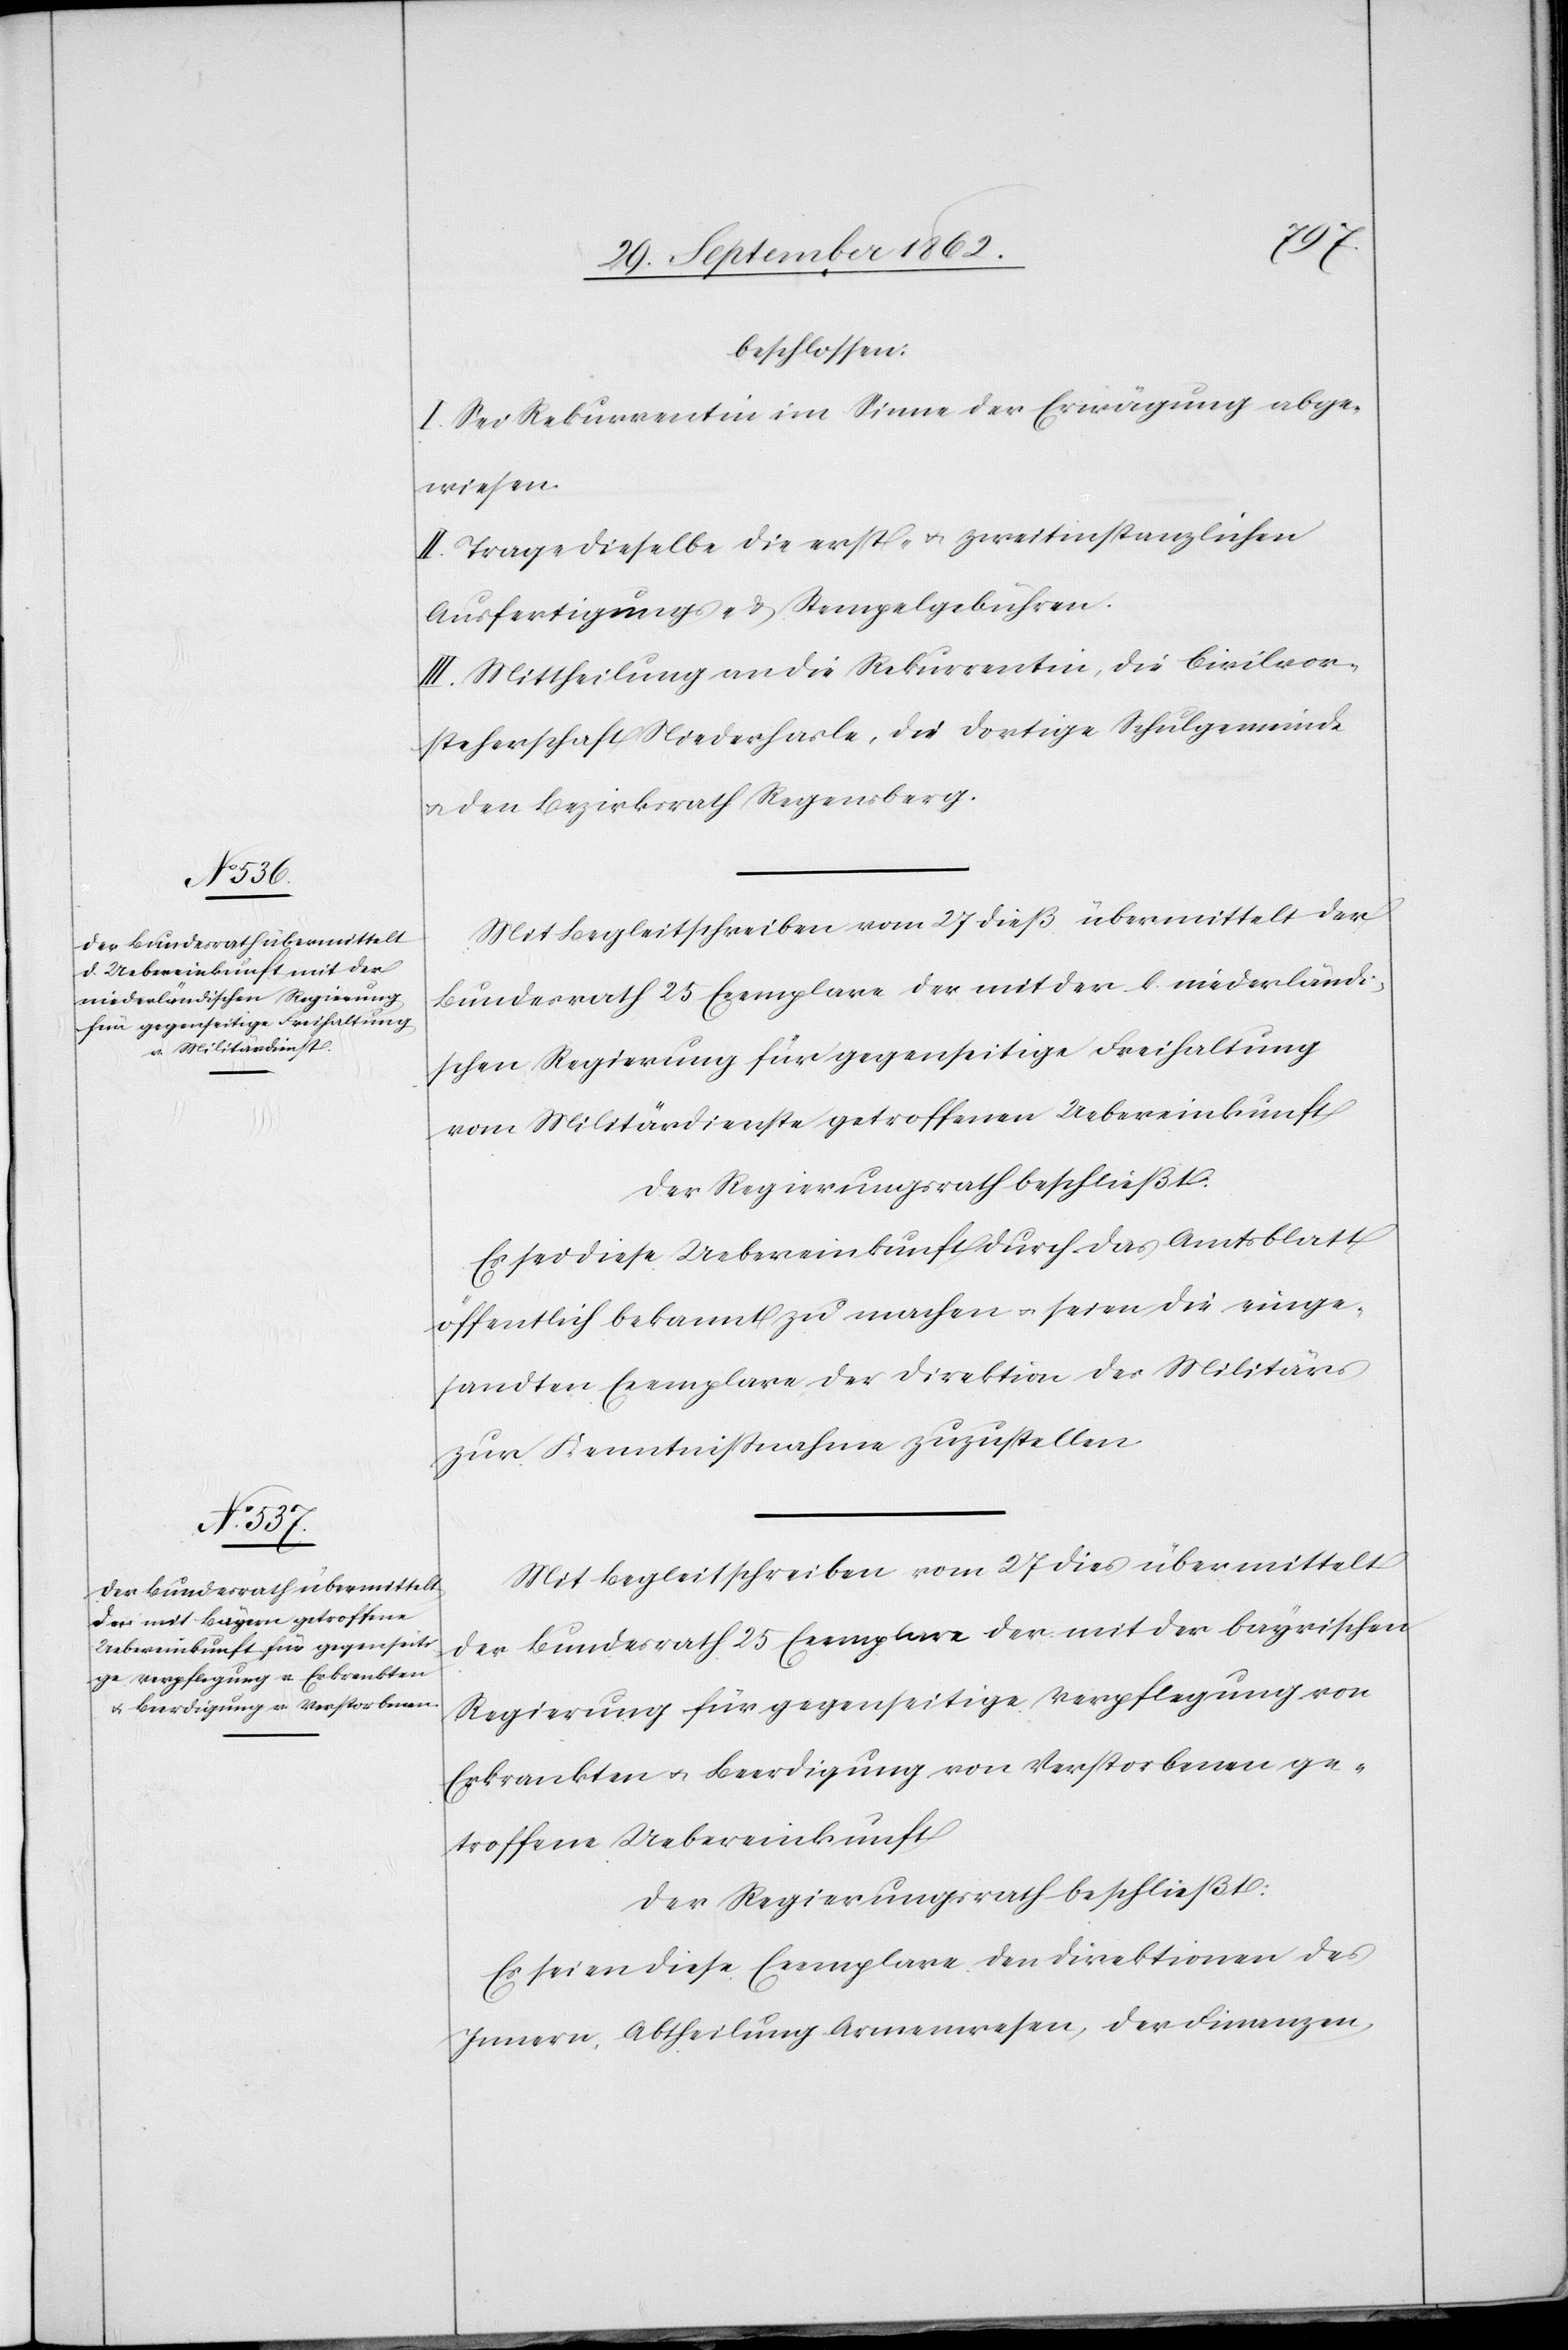
beschlossen:
I. Sei Rekurrentin im Sinne der Erwägung abge¬
wiesen.
II. Trage dieselbe die erst- u. zweitinstanzlichen
Ausfertigungs- u. Stempelgebühren.
III. Mittheilung an die Rekurrentin, die Civilvor¬
steherschaft Niederhasle, die dortige Schulgemeinde
u. den Bezirksrath Regensberg.
Mit Begleitschreiben vom 27. dieß übermittelt der
Bundesrath 25 Exemplare der mit der k. niederländi¬
schen Regierung für gegenseitige Freihaltung
vom Militärdienste getroffenen Uebereinkunft.
Der Regierungsrath beschließt:
Es sei diese Uebereinkunft durch das Amtsblatt
öffentlich bekannt zu machen u. seien die einge¬
sandten Exemplare der Direktion des Militärs
zur Kenntnißnahme zuzustellen.
Mit Begleitschreiben vom 27. dies übermittelt
der Bundesrath 25 Exemplare der mit der bayrischen
Regierung für gegenseitige Verpflegung von
Erkrankten u. Beerdigung von Verstorbenen ge¬
troffene Uebereinkunft.
Der Regierungsrath beschließt:
Es seien diese Exemplare den Direktionen des
Innern, Abtheilung Armenwesen, der Finanzen